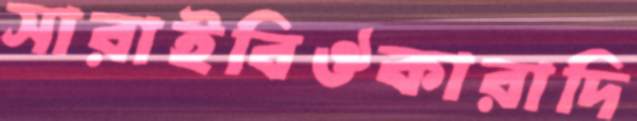
সারাইবিঔকারাদি